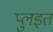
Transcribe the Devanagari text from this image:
प्लुइत